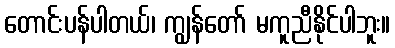
တောင်းပန်ပါတယ်၊ ကျွန်တော် မကူညီနိုင်ပါဘူး။